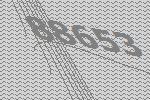
88653